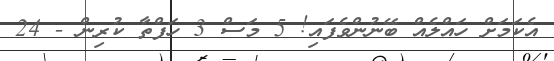
އެކަމަށް ހައްލެއް ބޭނުންވެފައި! 5 މަސް 3 ހަފްތާ ކުރިން - 24